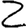
Digit: 2